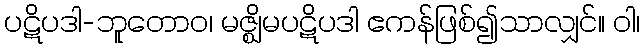
ပဋိပဒါ-ဘူတောဝ၊ မဇ္ဈိမပဋိပဒါ ဧကန်ဖြစ်၍သာလျှင်။ ဝါ၊